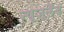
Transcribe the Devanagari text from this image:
न्यूजूलैंड